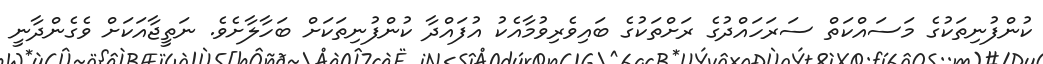
ކުންފުނިތަކުގެ މަސައްކަތް ސަރަހައްދުގެ ރަށްތަކުގެ ބައިވެރިވުމާއެކު އުފައްދާ ކުންފުނިތަކަށް ބަހާލާށެވެ. ނަތީޖާއަކަށް ވެގެންދާނީ